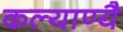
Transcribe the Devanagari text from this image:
कल्याण्यै